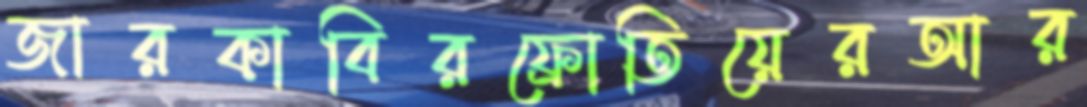
জারকাবিরফ্রোতিয়েরআর